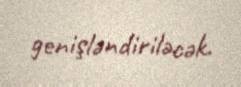
genişləndiriləcək.